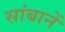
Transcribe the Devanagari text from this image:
सांबानें